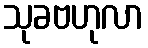
သုခဗဟုလာ